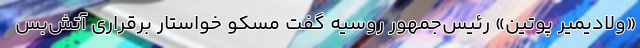
«ولادیمیر پوتین» رئیس‌جمهور روسیه گفت مسکو خواستار برقراری آتش‌بس